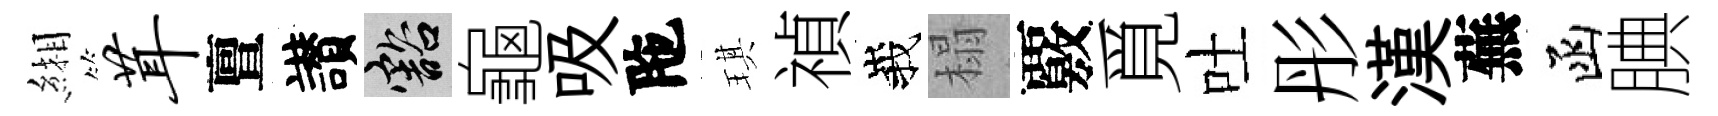
緗茸亶讃豁龜吸陁琪禎峩榻覈覓吐彤漢蕪函腆